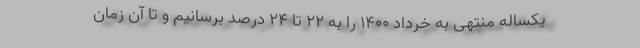
یکساله منتهی به خرداد ۱۴۰۰ را به ۲۲ تا ۲۴ درصد برسانیم و تا آن زمان